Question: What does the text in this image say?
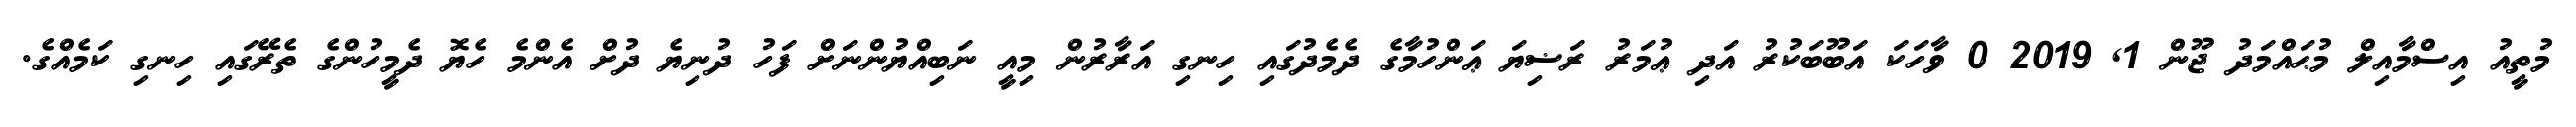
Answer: މުތީއު އިސްމާއިލް މުޙައްމަދު ޖޫން 1, 2019 0 ވާހަކަ އަބޫބަކުރު އަދި ޢުމަރު ރަޟިޔަ ޢަންހުމާގެ ދެމެދުގައި ހިނގި އަރާރުން މިއީ ނަބިއްޔުންނަށް ފަހު ދުނިޔެ ދުށް އެންމެ ހެޔޮ ދެމީހުންގެ ތެރޭގައި ހިނގި ކަމެއްގެ.